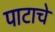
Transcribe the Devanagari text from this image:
पाटाचे